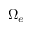
\Omega _ { e }